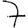
Digit: 7